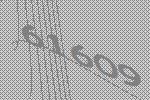
61609